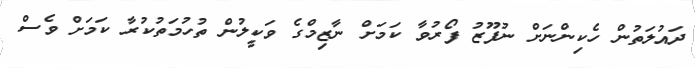
ދައުލަތުން ހެކިންނަށް ނުފޫޒު ފޯރުވާ ކަމަށް ނާޒިމްގެ ވަކީލުން ތުހުމަތުކުރާ ކަމަށް ވެސް